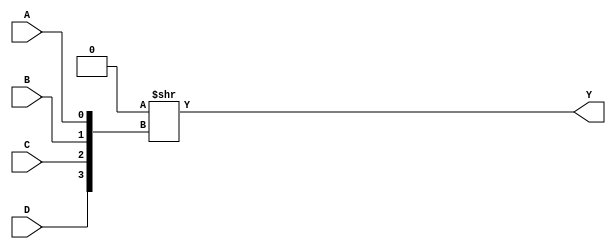
module CFG4 (
	output Y,
	input A,
	input B,
	input C,
	input D
);
	parameter [15:0] INIT = 16'h0;
	assign Y = INIT >> {D, C, B, A};
endmodule